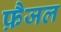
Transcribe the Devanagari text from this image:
फ़ैजल